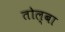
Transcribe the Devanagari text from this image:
तोल्बा